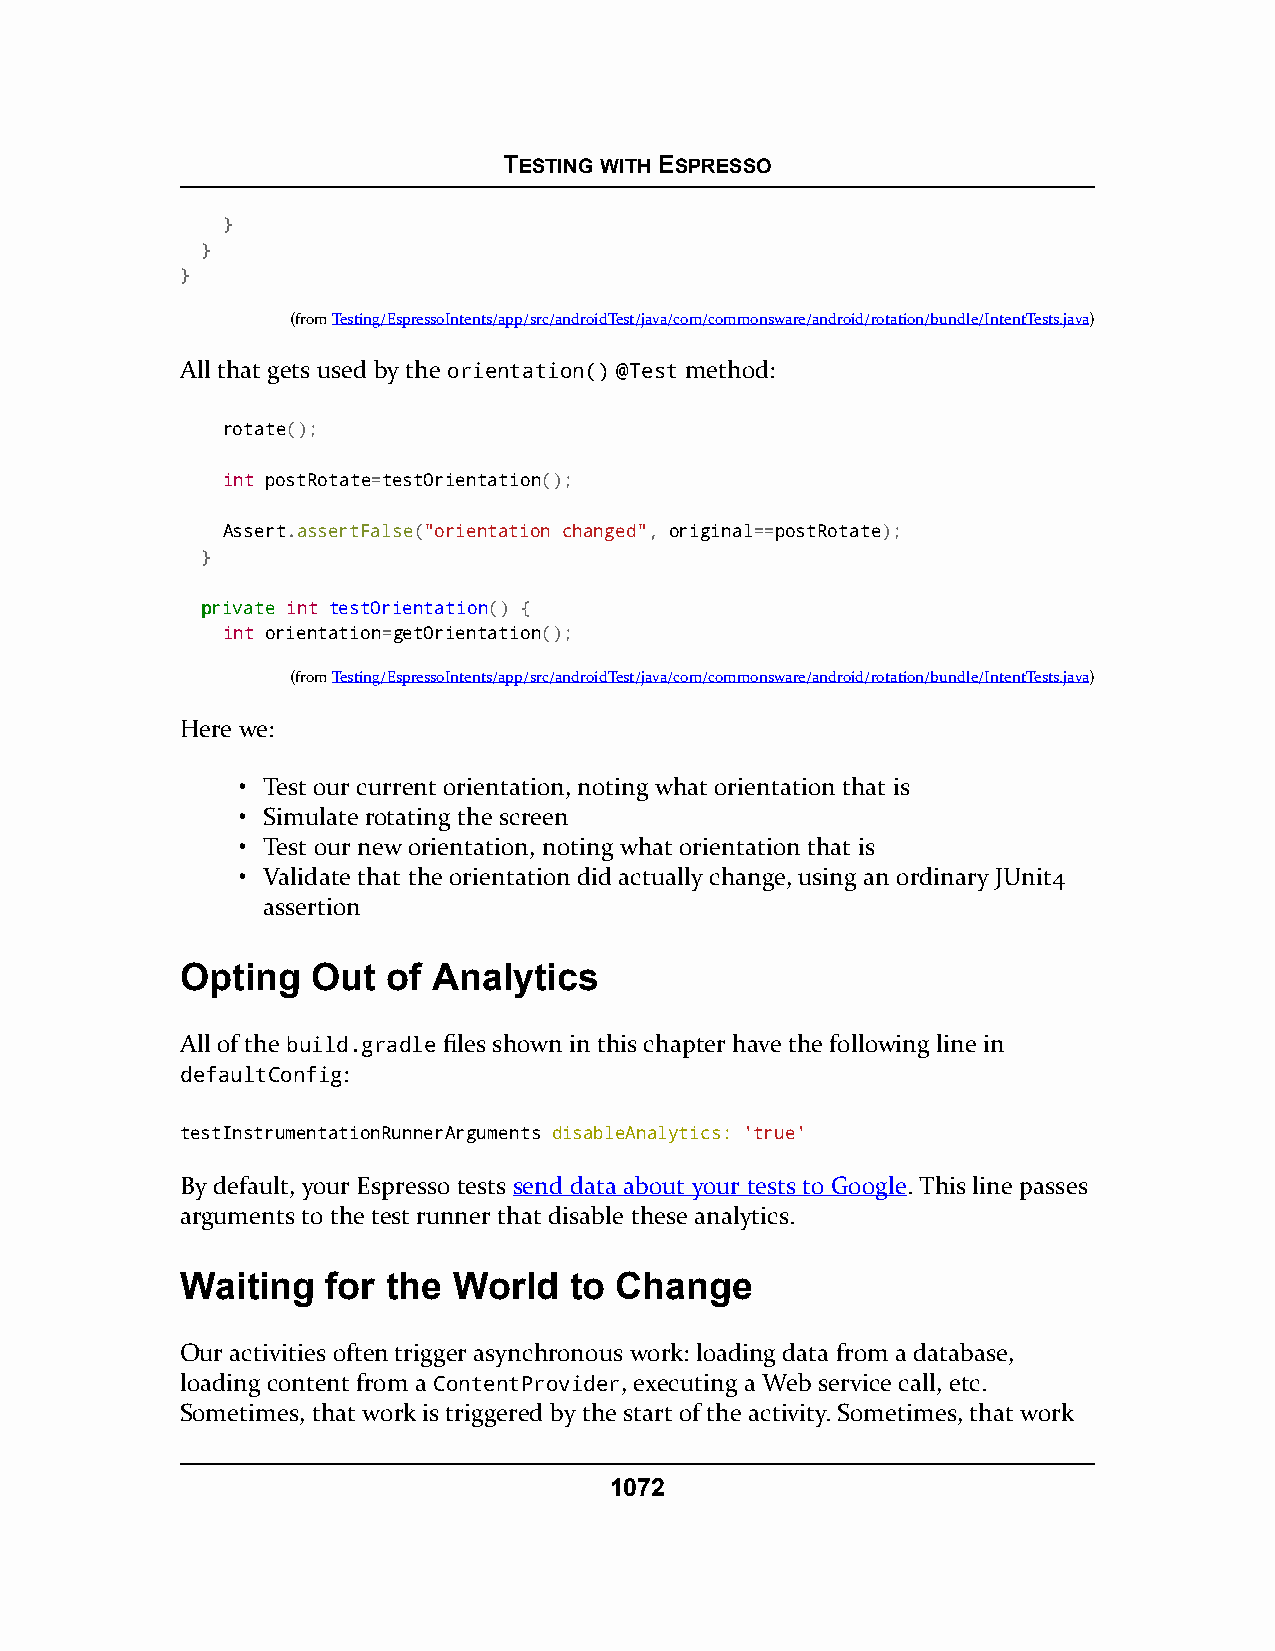
TESTING WITH ESPRESSO
 }
 }
 }
 (fromTesting/EspressoIntents/app/src/androidTest/java/com/commonsware/android/rotation/bundle/IntentTests.java)
 All that gets used by the orientation() @Test method:
 rotate();
 int postRotate=testOrientation();
 Assert.assertFalse("orientation changed", original==postRotate);
 }
 pprriivvaattee int testOrientation() {
 int orientation=getOrientation();
 (fromTesting/EspressoIntents/app/src/androidTest/java/com/commonsware/android/rotation/bundle/IntentTests.java)
 Here we:
 • Test our current orientation, noting what orientation that is
 • Simulate rotating the screen
 • Test our new orientation, noting what orientation that is
 • Validate that the orientation did actually change, using an ordinary JUnit4
 assertion
 Opting   Out  of Analytics
 All of the build.gradle files shown in this chapter have the following line in
 defaultConfig:
 testInstrumentationRunnerArguments disableAnalytics: 'true'
 By default, your Espresso tests send data about your tests to Google. This line passes
 arguments to the test runner that disable these analytics.
 Waiting   for the World   to Change
 Our activities often trigger asynchronous work: loading data from a database,
 loading content from a ContentProvider, executing a Web service call, etc.
 Sometimes, that work is triggered by the start of the activity. Sometimes, that work
 1072